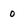
Character: 0